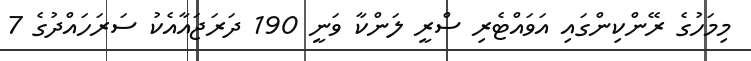
މިމަހުގެ ރޭންކިންގައި އަވައްޓެރި ސްރީ ލަންކާ ވަނީ 190 ދަރަޖައާއެކު ސަރަހައްދުގެ 7